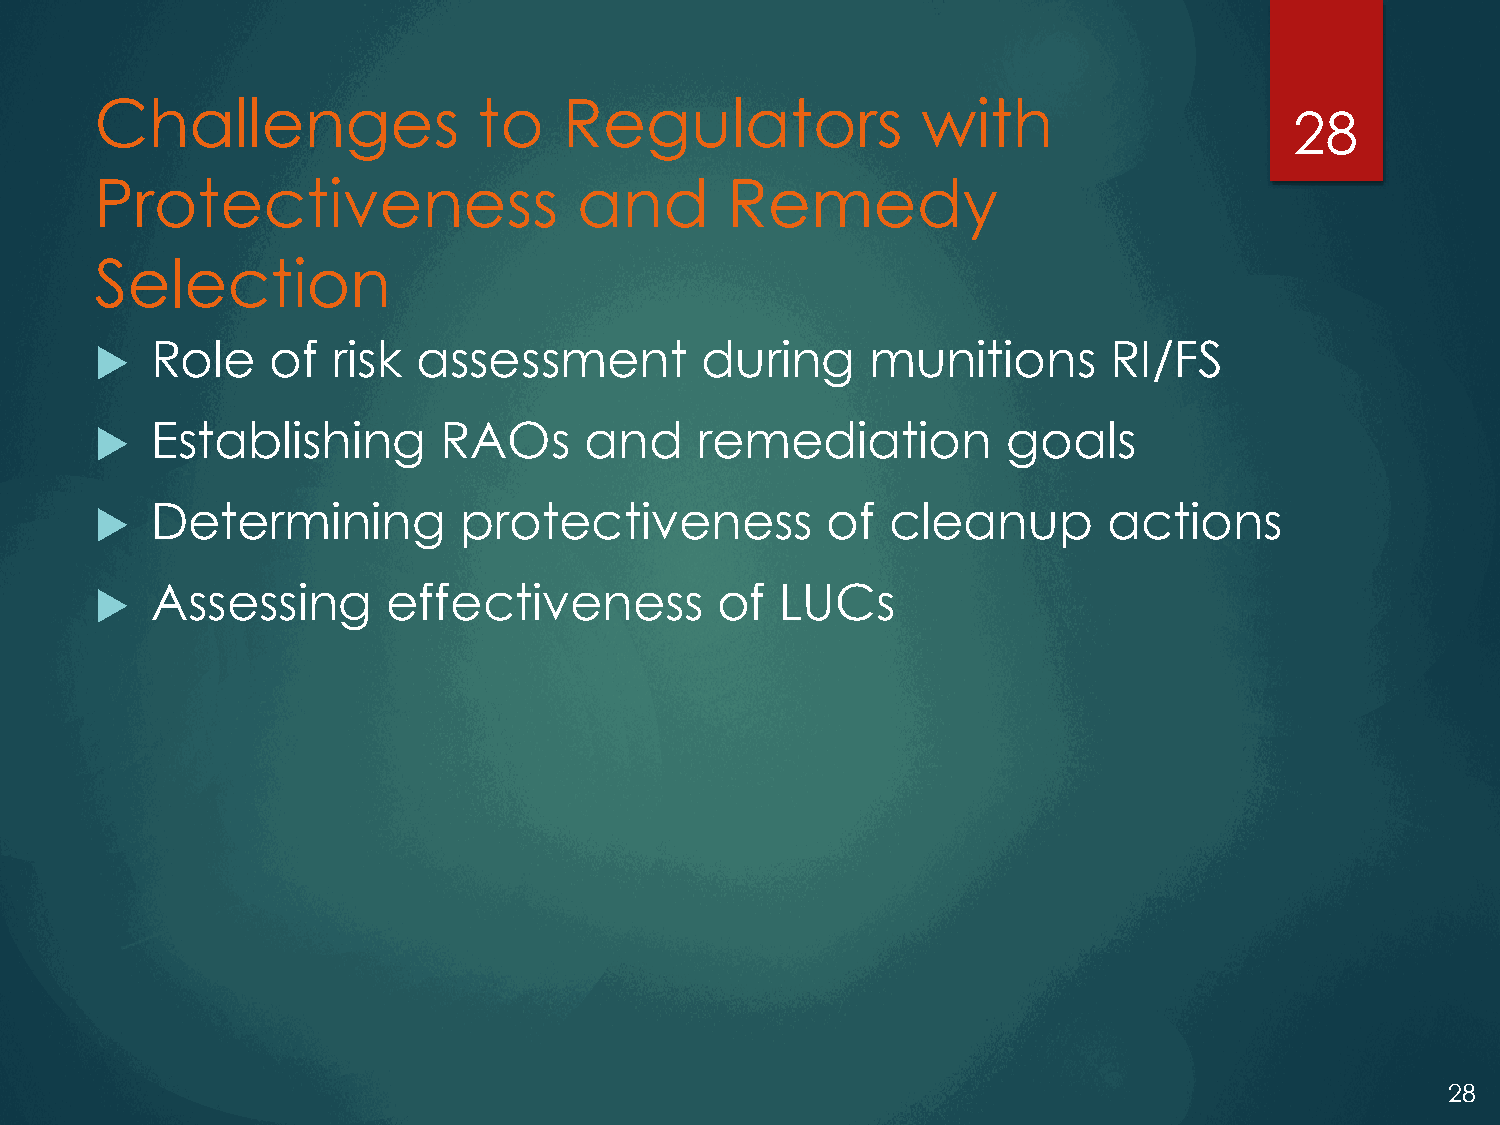
Challenges                to   Regulators              with
 28
 Protectiveness                  and       Remedy
 Selection
    Role    of  risk  assessment        during      munitions      RI/FS
    Establishing       RAOs      and    remediation          goals
    Determining         protectiveness           of  cleanup       actions
    Assessing       effectiveness         of  LUCs
 28